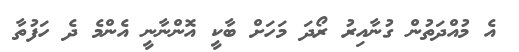
އެ މުއްދަތުން ގުނާއިރު ރޯދަ މަހަށް ބާކީ އޮންނާނީ އެންމެ ދެ ހަފުތާ